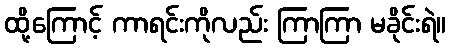
ထို့ကြောင့် ကာရင်းကိုလည်း ကြာကြာ မခိုင်းရဲ။